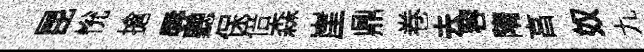
昆恱搶辱聽保倍森崖鼎卷去容隋亯奴九